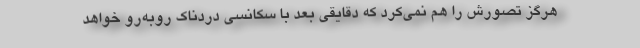
هرگز تصورش را هم نمی‌کرد که دقایقی بعد با سکانسی دردناک روبه‌رو خواهد